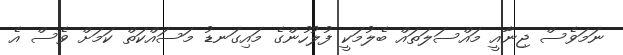
ނަމަވެސް ޖިނާއީ މައްސަލަތައް ބެލުމަކީ ފުލުހުންގެ މައިގަނޑު މަސައްކަތް ކަމަށް ވެސް އެ